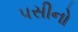
પસીનો